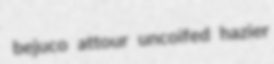
bejuco attour uncoifed hazier